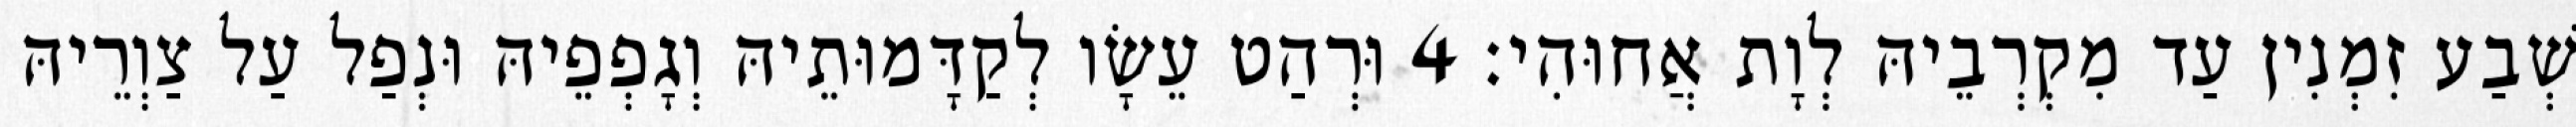
שְׁבַע זִמְנִין עַד מִקְרְבֵיהּ לְוָת אֲחוּהִי׃ 4 וּרְהַט עֵשָׂו לְקַדָּמוּתֵיהּ וְגָפְפֵיהּ וּנְפַל עַל צַוְרֵיהּ